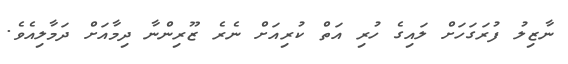
ނާޒިލު ފުރަގަހަށް ލައިގެ ހުރި އަތް ކުރިއަށް ނެރެ ޒޫރިންނާ ދިމާއަށް ދަމާލިއެވެ.